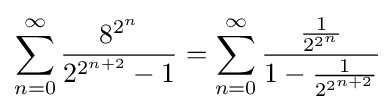
\sum _{n=0}^{\infty }{\frac {8^{2^{n}}}{2^{2^{n+2}}-1}}=\sum _{n=0}^{\infty }{\cfrac {\tfrac {1}{2^{2^{n}}}}{1-{\tfrac {1}{2^{2^{n+2}}}}}}